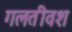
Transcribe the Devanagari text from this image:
गलतीवश